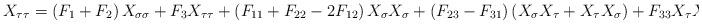
LaTeX: \begin{align*}X_{\tau \tau }=\left( F_1+F_2\right) X_{\sigma \sigma }+F_3X_{\tau \tau}+\left( F_{11}+F_{22}-2F_{12}\right) X_\sigma X_\sigma +\left(F_{23}-F_{31}\right) \left( X_\sigma X_\tau +X_\tau X_\sigma \right)+F_{33}X_\tau X_\tau . \end{align*}